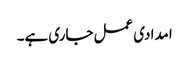
امدادی عمل جاری ہے۔